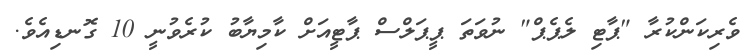
ވެރިކަންކުރާ "ޕާޓި ލެޕެޕް" ނުވަތަ ޕީޕަލްސް ޕާޓީއަށް ކާމިޔާބު ކުރެވުނީ 10 ގޮނޑިއެވެ.